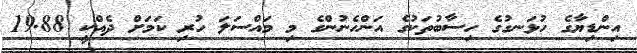
އިންޑިޔާގެ ހުޅަނގުގެ ހިސާބުތަކުގެ އަންހެނުންގެ މި މައްސަލަ ހުރި ކަމަށް ދެއްކީ 19.88